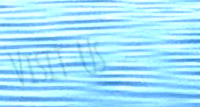
Visit Us